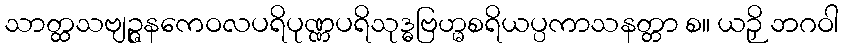
သာတ္ထသဗျဉ္ဇနကေဝလပရိပုဏ္ဏပရိသုဒ္ဓဗြဟ္မစရိယပ္ပကာသနတ္တာ စ။ ယဉှိ ဘဂဝါ